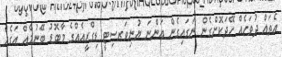
އެތައް ދުވަހެއް ހޭދަކޮށްގެން ނަގައިގެން އަންނަ ޔުނިވަރސިޓީ ޑިގްރީއެއްގެ މާބޮޑު ބޭނުމެއް އަގެއް